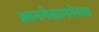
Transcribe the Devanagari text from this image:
आमनेसामनेच्या